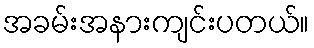
အခမ်းအနားကျင်းပတယ်။